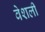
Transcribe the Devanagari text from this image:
वेशली